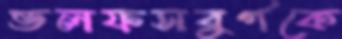
ভলফসবুর্গকে